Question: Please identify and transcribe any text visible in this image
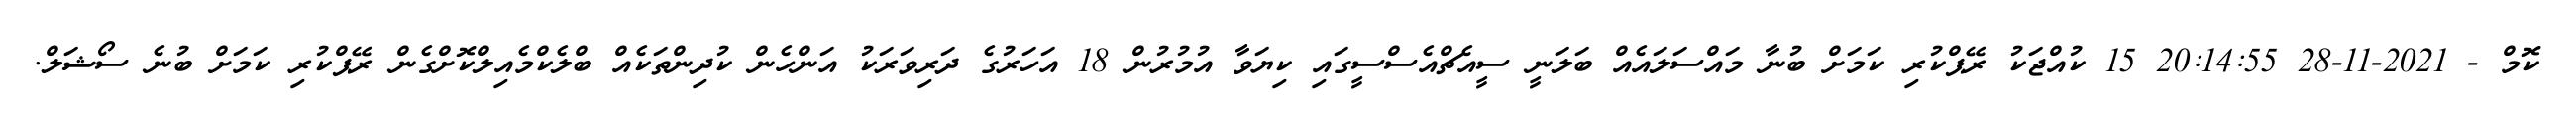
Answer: ކޮމް - 2021-11-28 20:14:55 15 ކުއްޖަކު ރޭޕްކުރި ކަމަށް ބުނާ މައްސަލައެއް ބަލަނީ ސީއެޗްއެސްސީގައި ކިޔަވާ އުމުރުން 18 އަހަރުގެ ދަރިވަރަކު އަންހެން ކުދިންތަކެއް ބްލެކްމެއިލްކޮށްގެން ރޭޕްކުރި ކަމަށް ބުނެ ސޯޝަލް.